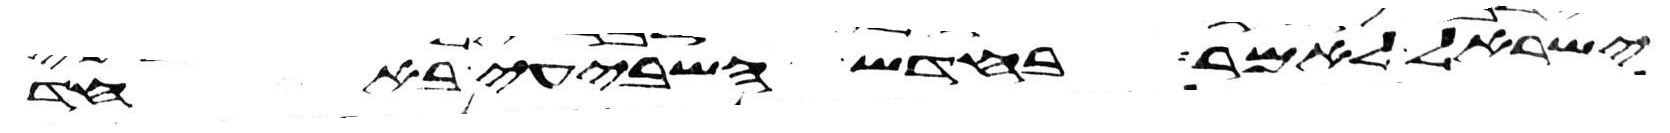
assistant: ישראל לאמר בחדש השביעי באחד